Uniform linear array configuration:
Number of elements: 12
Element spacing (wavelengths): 0.75
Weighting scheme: binomial
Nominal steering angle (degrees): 30
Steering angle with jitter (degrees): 29.548
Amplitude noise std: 0.05
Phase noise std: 0.05

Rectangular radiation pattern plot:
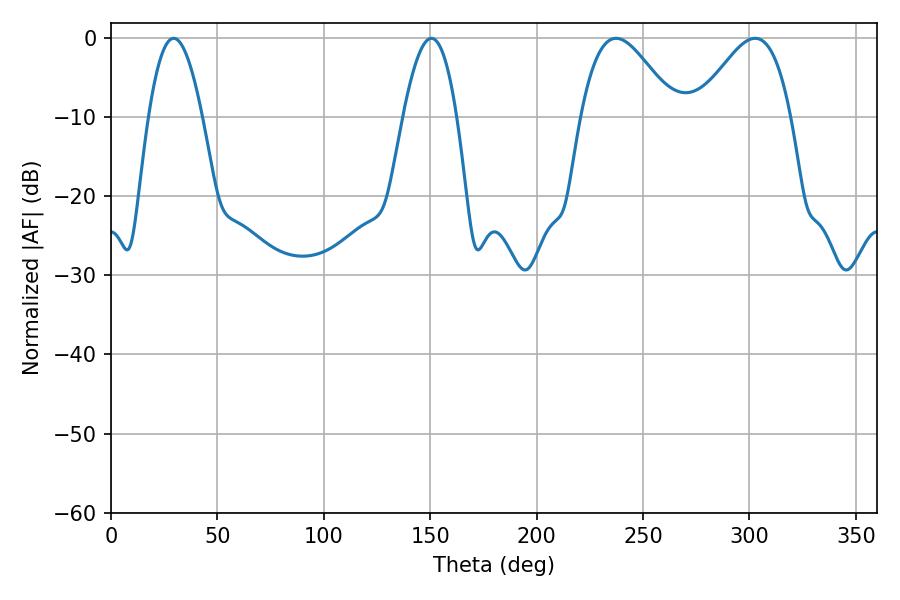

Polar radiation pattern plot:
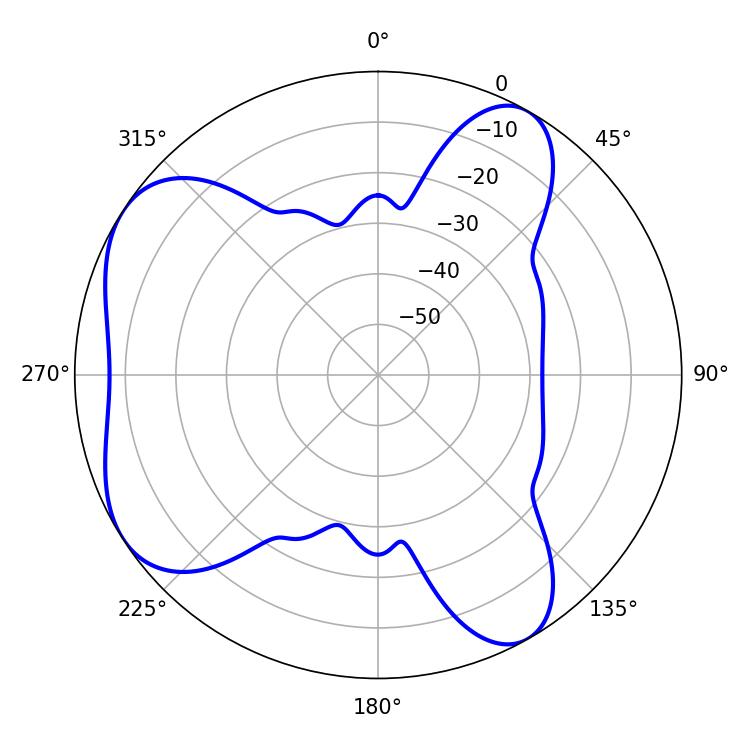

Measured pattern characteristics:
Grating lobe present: TRUE
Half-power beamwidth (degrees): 23.58
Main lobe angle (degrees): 237.24